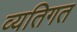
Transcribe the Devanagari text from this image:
व्यतिगत